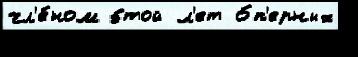
чл'е́ном э́той л'ет о́п'ерных